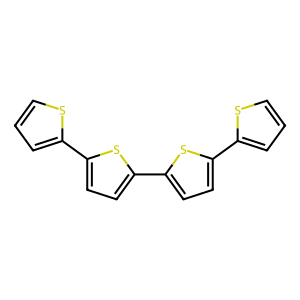
SMILES: c1csc(-c2ccc(-c3ccc(-c4cccs4)s3)s2)c1
Inhibits HIV replication: No